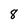
Character: 8